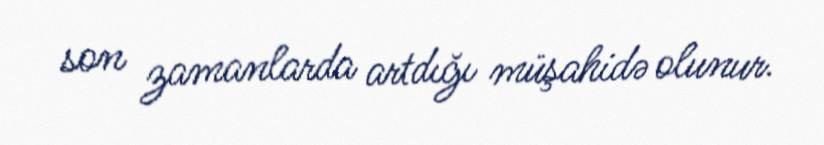
son zamanlarda artdığı müşahidə olunur.